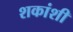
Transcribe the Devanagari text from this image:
शकांशी